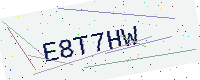
Text: E8T7HW